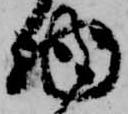
物